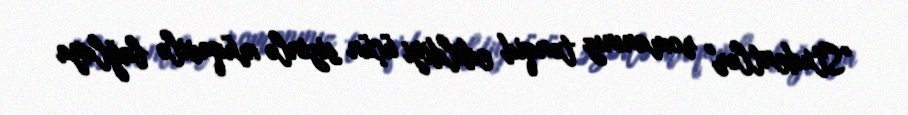
"Studentlər" romanınız tənqid edildiyi üçün sizinlə müqavilə bağlaya